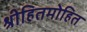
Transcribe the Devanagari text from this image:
श्रीहितमोहित